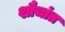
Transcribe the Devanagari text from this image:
शौचांत